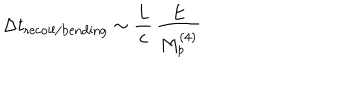
\Delta t _ { \mathrm { r e c o i l / b e n d i n g } } \sim \frac { L } { c } \, \frac { E } { M _ { p } ^ { ( 4 ) } }